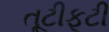
તૂટીફૂટી